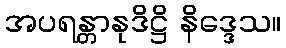
အပရန္တာနုဒိဋ္ဌိ နိဒ္ဒေသ။